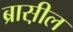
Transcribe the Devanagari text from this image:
ब्रास़ील